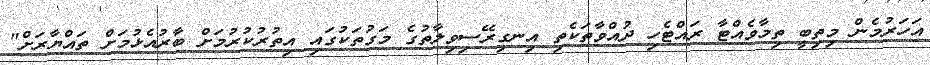
އަހަރުމެން މިތިބީ ތިމާވެއްޓާ ރައްޓެހި ދުއްވާތަކެތި އިނގިރޭސިވިލާތުގެ މަގުތަކުގައި އިތުރުކުރުމަށް ބާރުއެޅުމަށް ތައްޔާރަށް"